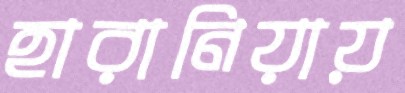
হারানিয়ায়